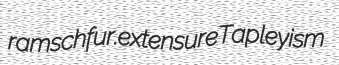
ramsch fur. extensure Tapleyism